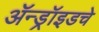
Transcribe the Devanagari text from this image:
ॲन्ड्रॉइडचे